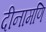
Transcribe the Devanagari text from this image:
दीनामणि